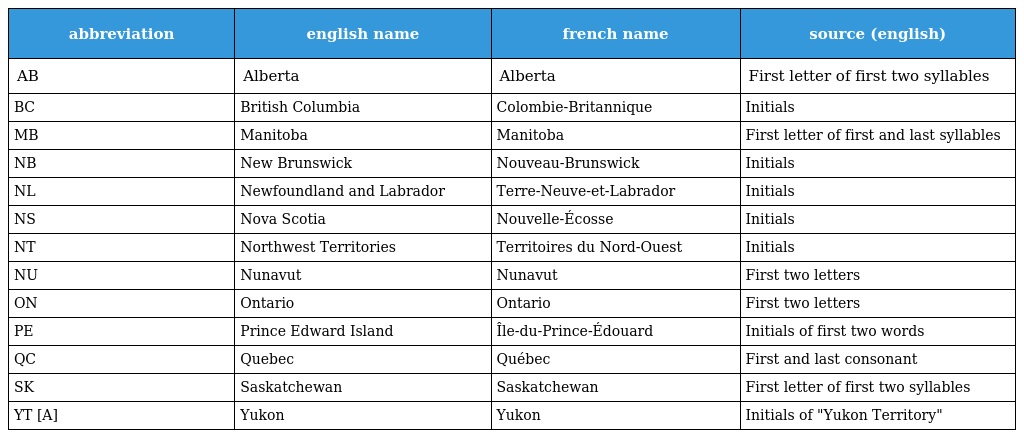
| abbreviation | english name | french name | source (english) |
 | --- | --- | --- | --- |
 | AB | Alberta | Alberta | First letter of first two syllables |
 | BC | British Columbia | Colombie-Britannique | Initials |
 | MB | Manitoba | Manitoba | First letter of first and last syllables |
 | NB | New Brunswick | Nouveau-Brunswick | Initials |
 | NL | Newfoundland and Labrador | Terre-Neuve-et-Labrador | Initials |
 | NS | Nova Scotia | Nouvelle-Écosse | Initials |
 | NT | Northwest Territories | Territoires du Nord-Ouest | Initials |
 | NU | Nunavut | Nunavut | First two letters |
 | ON | Ontario | Ontario | First two letters |
 | PE | Prince Edward Island | Île-du-Prince-Édouard | Initials of first two words |
 | QC | Quebec | Québec | First and last consonant |
 | SK | Saskatchewan | Saskatchewan | First letter of first two syllables |
 | YT [A] | Yukon | Yukon | Initials of "Yukon Territory" |